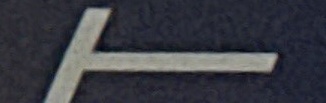
T